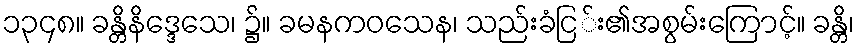
၁၃၄၈။ ခန္တိနိဒ္ဒေသေ၊ ၌။ ခမနကဝသေန၊ သည်းခံငြ်း၏အစွမ်းကြောင့်။ ခန္တိ၊